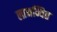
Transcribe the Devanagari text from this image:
लाभन्वित